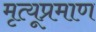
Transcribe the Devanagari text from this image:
मृत्यूप्रमाण